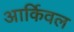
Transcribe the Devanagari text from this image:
आर्किवल